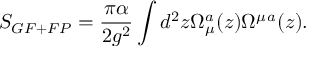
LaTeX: S _ { G F + F P } = { \frac { \pi \alpha } { 2 g ^ { 2 } } } \int d ^ { 2 } z \Omega _ { \mu } ^ { a } ( z ) \Omega ^ { \mu } { } ^ { a } ( z ) .